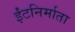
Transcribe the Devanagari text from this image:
ईंटनिर्माता